Annual administration report of the Civil Veterinary Department, Sind - 1945-1946
Year: 1945
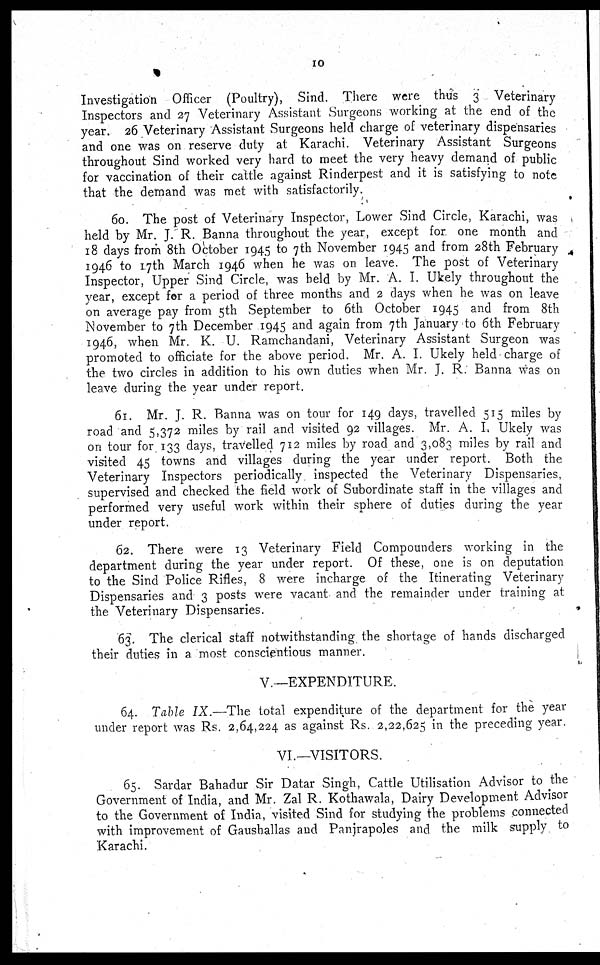
10
Investigation Officer (Poultry), Sind. There were thus 3 Veterinary
Inspectors and 27 Veterinary Assistant Surgeons working at the end of the
year. 26 Veterinary Assistant Surgeons held charge of veterinary dispensaries
and one was on reserve duty at Karachi Veterinary Assistant Surgeons
throughout Sind worked very hard to meet the very heavy demand of public
for vaccination of their cattle against Rinderpest and it is satisfying to note
that the demand was met with satisfactorily.
60. The post of Veterinary Inspector, Lower Sind Circle, Karachi, was
held by Mr. J. R. Banna throughout the year, except for. one month and
18 days from 8th October 1945 to 7th November 1945 and from 28th February
1946 to 17th March 1946 when he was on leave. The post of Veterinary
Inspector, Upper Sind Circle, was held by Mr. A. I. Ukely throughout the
year, except for a period of three months and 2 days when he was on leave
on average pay from 5th September to 6th October 1945 and from 8th
November to 7th December 1945 and again from 7th January to 6th February
1946, when Mr. K. U. Ramchandani, Veterinary Assistant Surgeon was
promoted to officiate for the above period. Mr. A. I. Ukely held charge of
the two circles in addition to his own duties when Mr. J. R. Banna was on
leave during the year under report.
61. Mr. J. R. Banna was on tour for 149 days, travelled 515 miles by
road and 5,372 miles by rail and visited 92 villages. Mr. A. I. Ukely was
on tour for 133 days, travelled 712 miles by road and 3,083 miles by rail and
visited 45 towns and villages during the year under report. Both the
Veterinary Inspectors periodically inspected the Veterinary Dispensaries,
supervised and checked the field work of Subordinate staff in the villages and
performed very useful work within their sphere of duties during the year
under report.
62. There were 13 Veterinary Field Compounders working in the
department during the year under report. Of these, one is on deputation
to the Sind Police Rifles, 8 were incharge of the Itinerating Veterinary
Dispensaries and 3 posts were vacant and the remainder under training at
the Veterinary Dispensaries.
63. The clerical staff notwithstanding the shortage of hands discharged
their duties in a. most conscientious manner.
V.—EXPENDITURE.
64. Table IX.—The total expenditure of the department for the year
under report was Rs. 2,64,224 as against Rs. 2,22,625 in the preceding year.
VI.—VISITORS.
65. Sardar Bahadur Sir Datar Singh, Cattle Utilisation Advisor to the
Government of India, and Mr. Zal R. Kothawala, Dairy Development Advisor
to the Government of India, visited Sind for studying the problems connected
with improvement of Gaushallas and Panjrapoles and the milk supply to
Karachi.